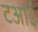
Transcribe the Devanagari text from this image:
टआई